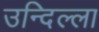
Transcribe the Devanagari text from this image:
उन्दिल्ला